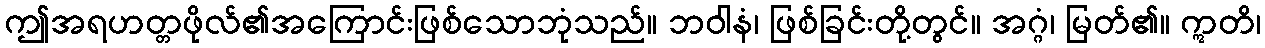
ဤအရဟတ္တဖိုလ်၏အကြောင်းဖြစ်သောဘုံသည်။ ဘဝါနံ၊ ဖြစ်ခြင်းတို့တွင်။ အဂ္ဂံ၊ မြတ်၏။ ဣတိ၊